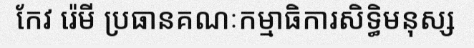
កែវ រ៉េមី ប្រធានគណៈកម្មាធិការសិទ្ធិមនុស្ស